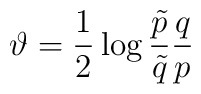
\vartheta = {1 \over 2}\log{{\tilde{p} \over \tilde{q}} {q \over p}}